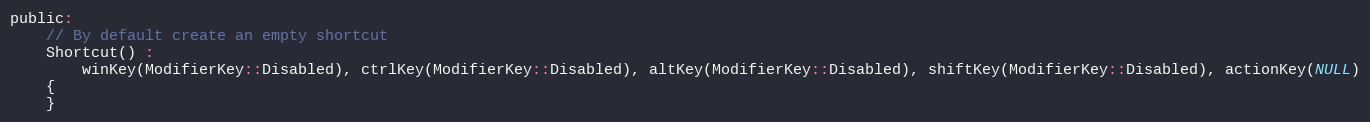
Language: C
public:
    // By default create an empty shortcut
    Shortcut() :
        winKey(ModifierKey::Disabled), ctrlKey(ModifierKey::Disabled), altKey(ModifierKey::Disabled), shiftKey(ModifierKey::Disabled), actionKey(NULL)
    {
    }